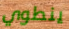
ينطوي